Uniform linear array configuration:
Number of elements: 12
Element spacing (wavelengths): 0.25
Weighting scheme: blackman
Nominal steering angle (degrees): -45
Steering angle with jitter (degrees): -45.728
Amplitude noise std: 0.05
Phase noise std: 0.05

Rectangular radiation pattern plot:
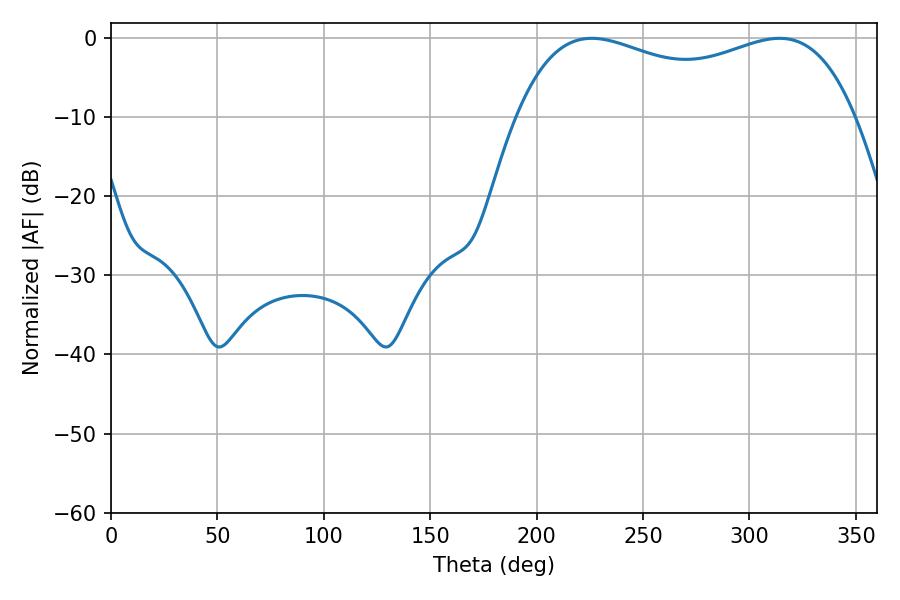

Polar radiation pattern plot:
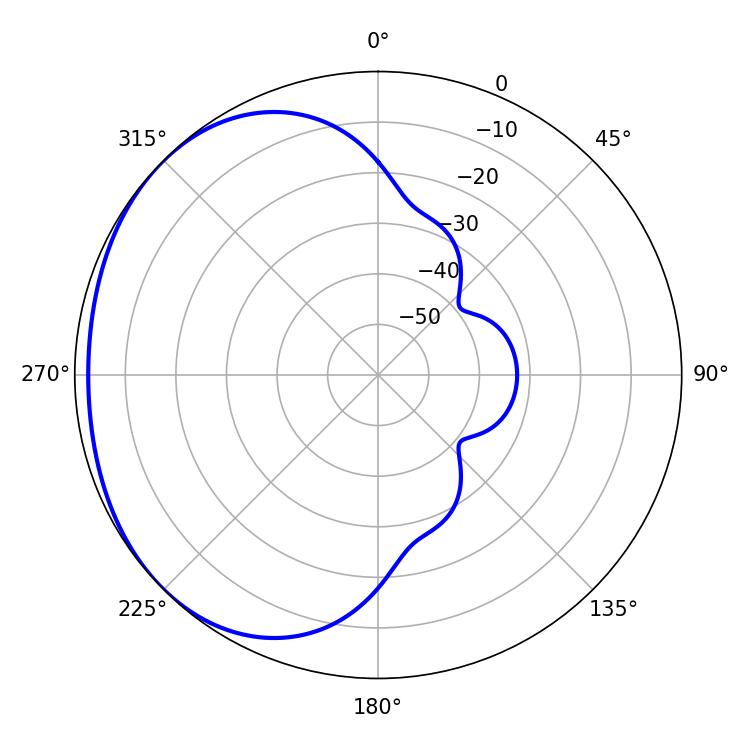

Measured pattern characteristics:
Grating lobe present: FALSE
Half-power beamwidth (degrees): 130.68
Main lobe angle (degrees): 225.9